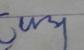
Signature authenticity: forged